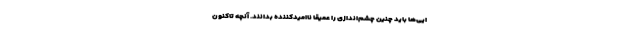
ایی‌ها باید چنین چشم‌اندازی را عمیقاً نااُمیدکننده بدانند. آنچه تاکنون